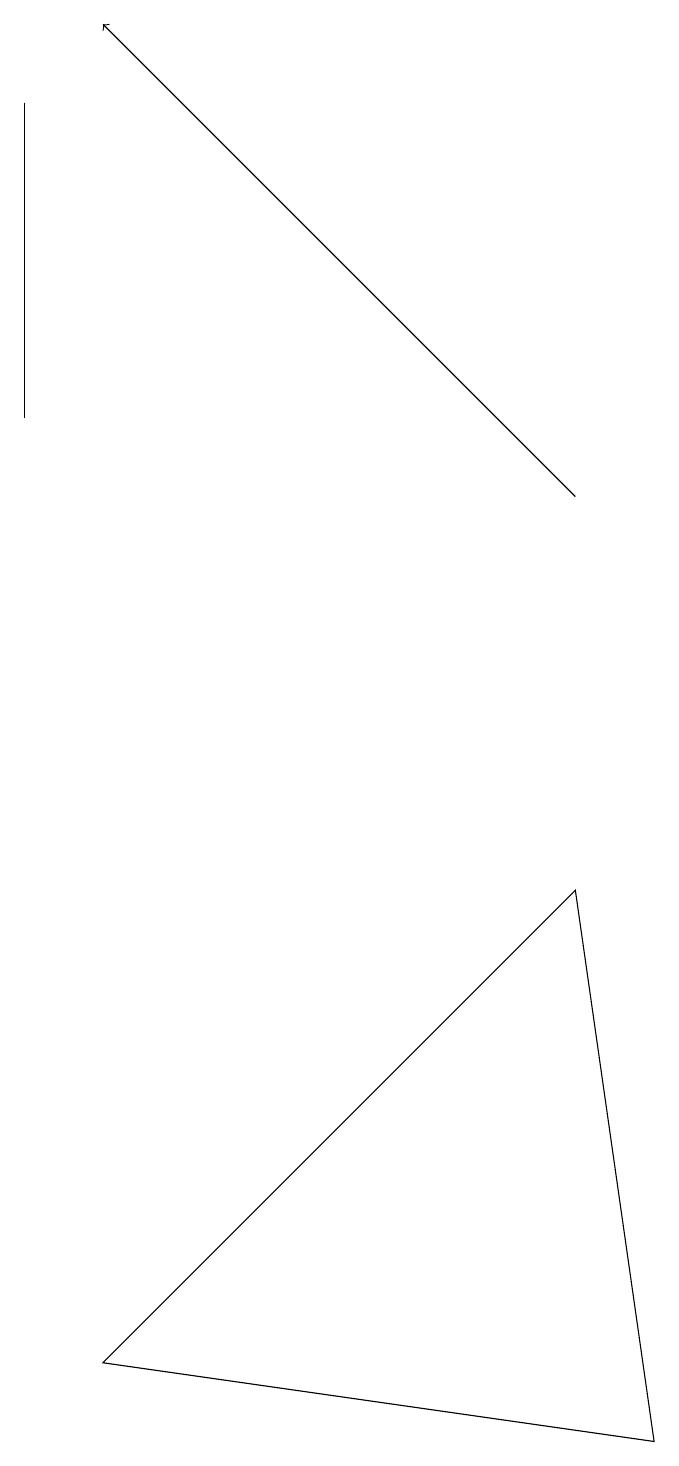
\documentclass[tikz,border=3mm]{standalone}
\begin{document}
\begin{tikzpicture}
\draw (1,13) rectangle (1,17);
\draw[->] (8,12) -- (2,18);
\draw (2,1) -- (8,7) -- (9,0) -- cycle;
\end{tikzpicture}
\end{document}